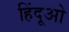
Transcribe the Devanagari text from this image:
हिंदूओ